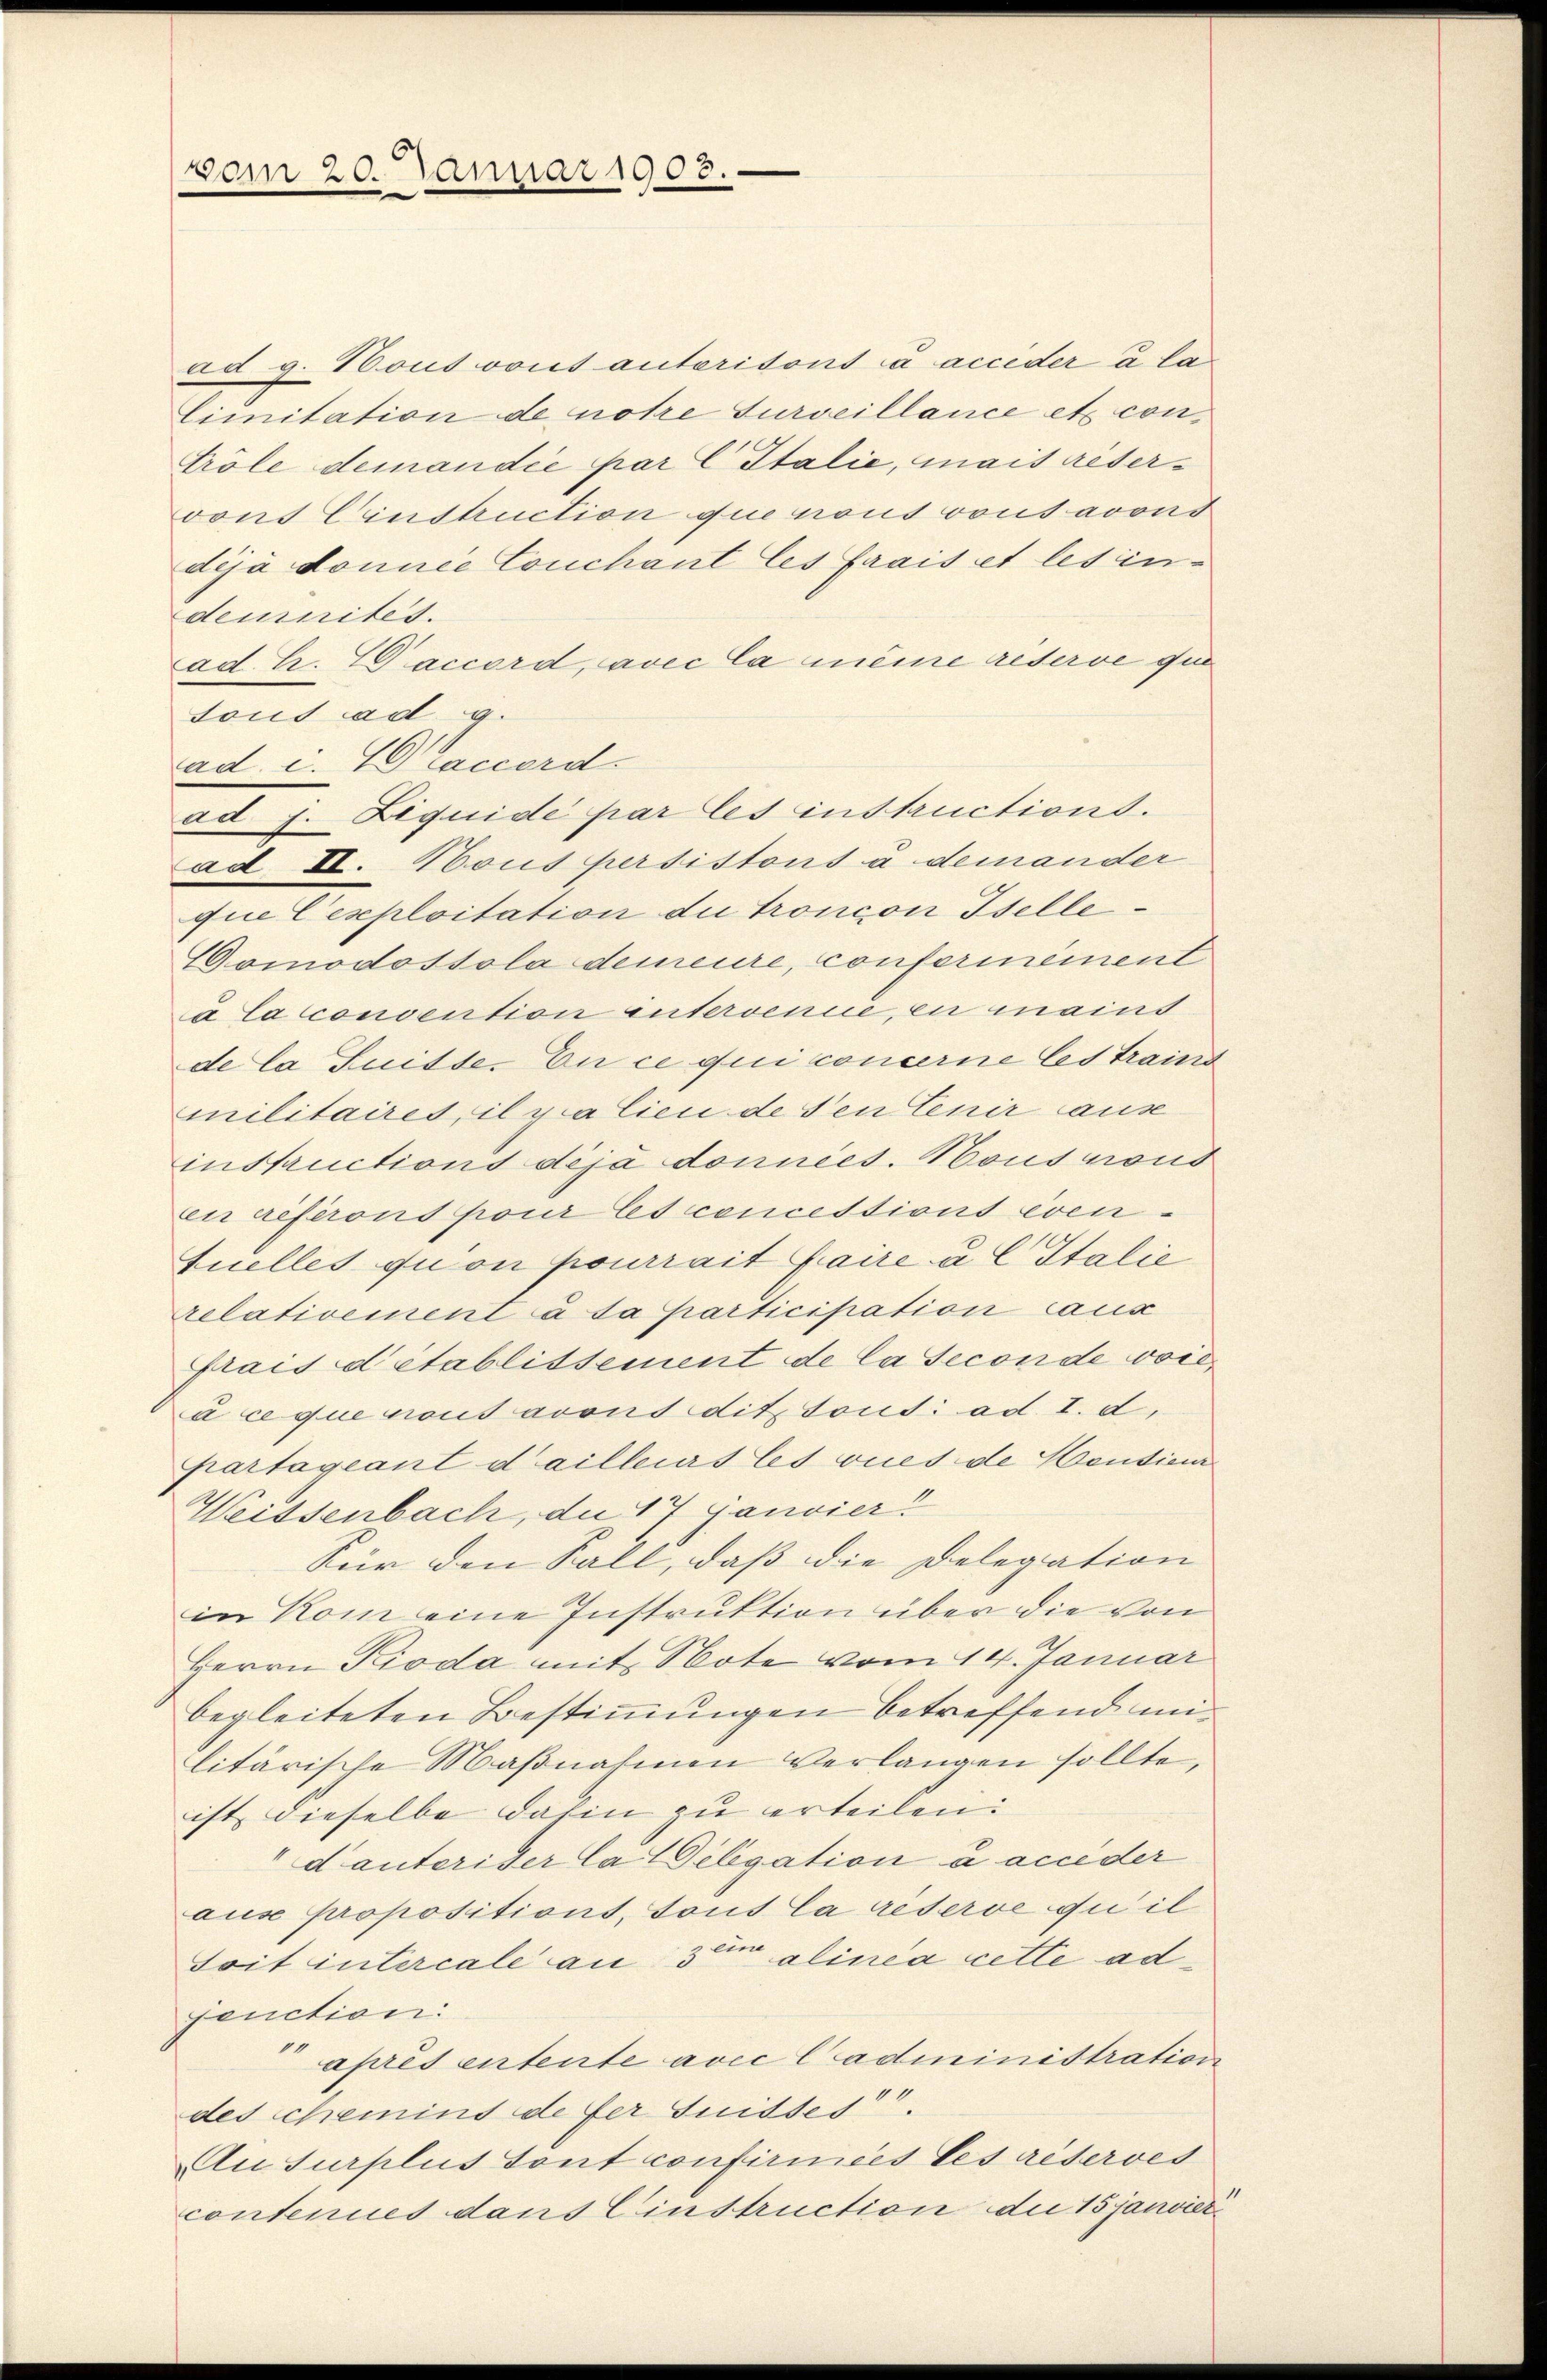
vom 20. Januar 1903.

ad g. Houssont anteritont ca accider a lalimitation de notre surveillance et con¬
Gröle demandée par C Italie, mais reseroons Einstruction que nous vons avous
déjà donnée Couchant les frais et lesindeumnités.
ad. h. VG accord, avec la même reserve que
Tous ad g.
ad. c. Graccord.
ad 7. Liquide par les instructions.
ad II. Hous persistons u demander
quie Cexploitation du troncon Iselle¬
Gomodossola demeure, conferiniment
Da la convention intervenue, en mains
de la Suisse. En ce qui concerne les traind
militaires, il va lieu de den Cenir aus
instructions dija données. Hous nous
eir referons pour les concestions éven-
Fuelles quon pourrait faire à C Italie
rrelativement à sa participation caux
Frais d’établissement de la seconde vorà ce que pout avous dit tous ad I. d.
partageant d’ailleurs les vues de Moutier
Weissenbach, die 17 Janvier!
Für den Fall, daß die Delegation
in Kom eine Instruktion über die von
Herrn Pioda mit Note vom 14. Januar
begleiteten Bestimmungen betreffend militärische Maβnahmen verlangen sollte,
ist, dieselbe dahin zu erteilen:
danterider la Delegation à accider
aux propositions, tout la reserve qu’il
Soit intercale an den alinea cette ad
fonction:
après entente avec l’administration
des Schemins de der Suiddes
Au surplus Sont confirmées les réserves
contenues dans Einstruction die 15 janvidi